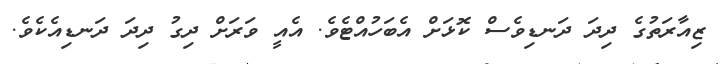
ޒިއާރަތުގެ ދިދަ ދަނޑިވެސް ކޮޅަށް އެބަހުއްޓެވެ. އެއީ ވަރަށް ދިގު ދިދަ ދަނޑިއެކެވެ.